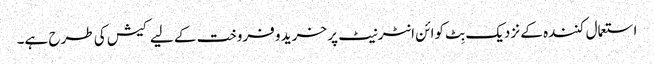
استعمال کنندہ کے نزدیک بِٹ کوائن انٹرنیٹ پر خرید و فروخت کے لیے کیش کی طرح ہے۔